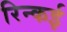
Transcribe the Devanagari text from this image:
रिन्कई